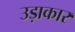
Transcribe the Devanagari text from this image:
उड़ाकार